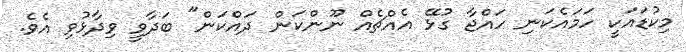
މިކުޑައަކީ ހަމައެކަނި ހައްޖާ ގުޅޭ އެއްޗެއް ނޫންކަން ދައްކަން" ބަދާވީ ވިދާޅުވި އެވެ.